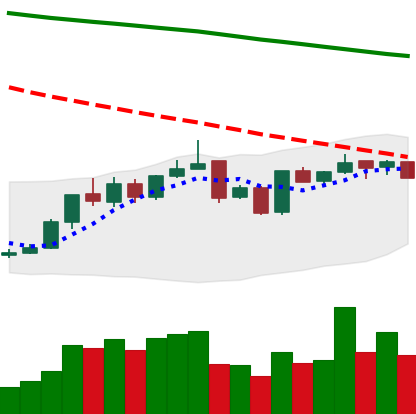
Ticker: BNB-USD
Chart end date: 2019-01-03
Forward return: 12.476%
Label: up_7plus